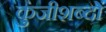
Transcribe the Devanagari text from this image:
कुंजीशब्दों